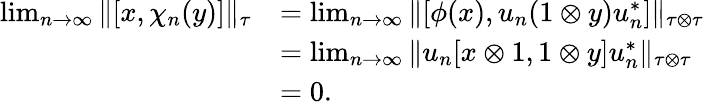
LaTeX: \begin{array}{rl}{\operatorname*{lim}_{n\rightarrow\infty}\| [x,\chi_{n}(y)]\| _{\tau}}&{=\operatorname*{lim}_{n\rightarrow\infty}\| [\phi(x),u_{n}(1\otimes y)u_{n}^{*}]\| _{\tau\otimes\tau}}\\ &{=\operatorname*{lim}_{n\rightarrow\infty}\| u_{n}[x\otimes 1,1\otimes y]u_{n}^{*}\| _{\tau\otimes\tau}}\\ &{=0.}\end{array}